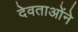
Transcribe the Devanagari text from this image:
देवताओंने